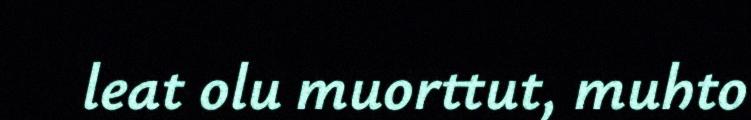
leat olu muorttut, muhto